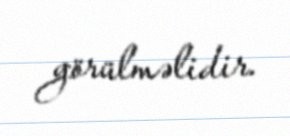
görülməlidir.